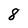
Character: 8